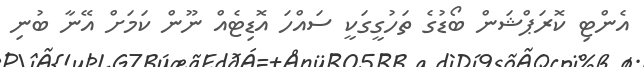
އެންޓި ކޮރަޕްޝަން ބޯޑުގެ ތަހުގީގަކީ ސައްހަ އޮޑިޓެއް ނޫން ކަމަށް އޭނާ ބުނި